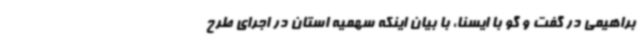
براهیمی در گفت و گو با ایسنا، با بیان اینکه سهمیه استان در اجرای طرح